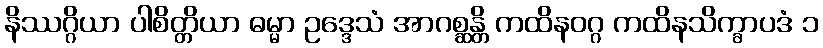
နိဿဂ္ဂိယာ ပါစိတ္တိယာ ဓမ္မာ ဥဒ္ဒေသံ အာဂစ္ဆန္တိ ကထိနဝဂ္ဂ ကထိနသိက္ခာပဒံ ၁